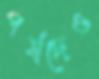
পর্ষদেও